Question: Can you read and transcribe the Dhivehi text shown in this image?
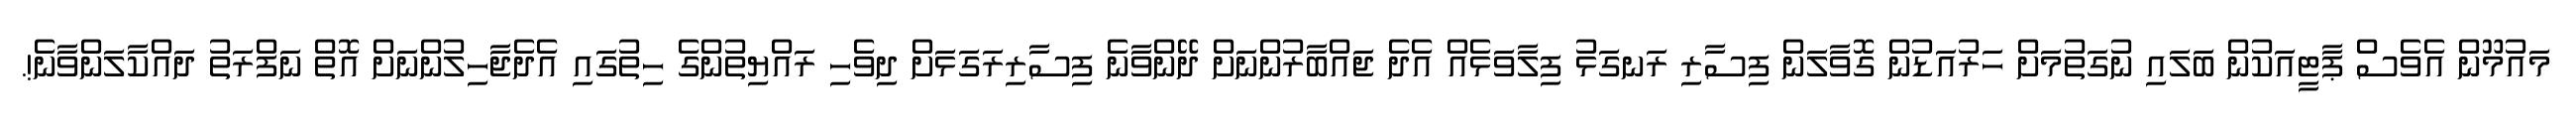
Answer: މައުމޫން އެވެސް ޕާޓީއަކުން ބަލައި ނުގަތުމަށް ހަރުއަޑުން ގޮވާލަން ފިސާރި ރަނގަޅު ފިލާވަޅެއް އެދެ ޖައްބާރުންނަށް ދޭންވާނެ ފިސާރިރަގަޅަށް ދިވެހި ރައްޔިތުންގެ ހިތުގައި އެދެޖާހިލުންނަށް އޮތް ނަފްރަތު ދައްކާލަންވާނެ!.